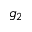
g _ { 2 }